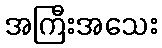
အကြီးအသေး